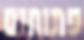
פתוחים